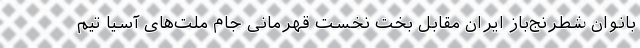
بانوان شطرنج‌باز ایران مقابل بخت نخست قهرمانی جام ملت‌های آسیا تیم